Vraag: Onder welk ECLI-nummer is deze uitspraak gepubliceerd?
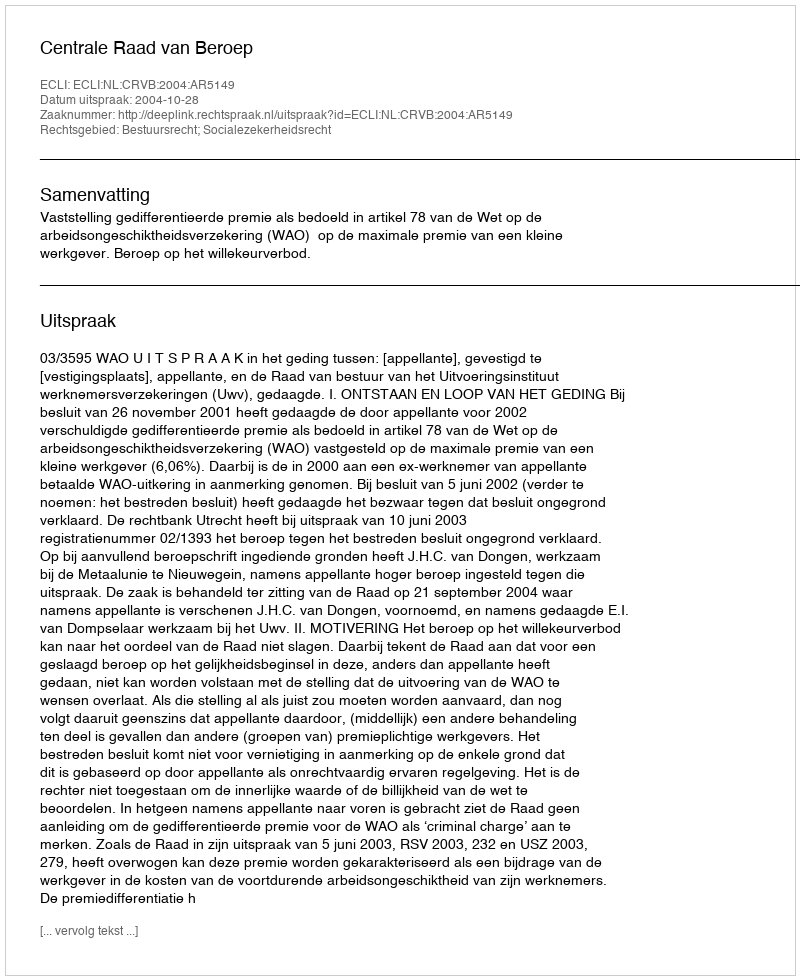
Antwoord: ECLI:NL:CRVB:2004:AR5149